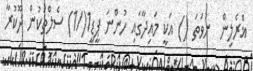
ޣްރެލިން  ނުވަތަ () އަކީ މައިދާގައި ހުންނަ ޕީޑީ1(/1) ސެލްތަކުން ދޫކުރާ